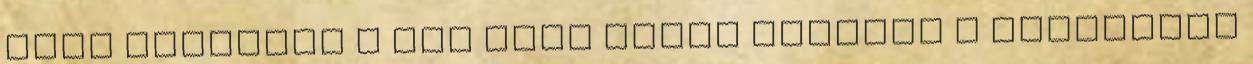
nagy nyertese a Jan nevű hölgy mellett a Marvelous